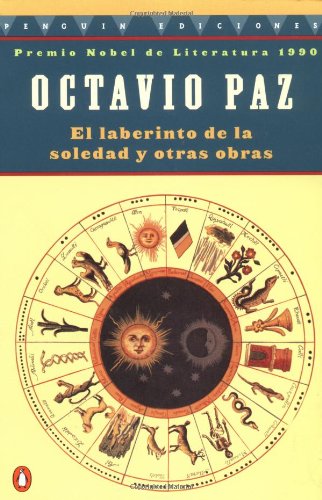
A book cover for El laberinto de la soledad; Octavio Paz; Literature & Fiction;